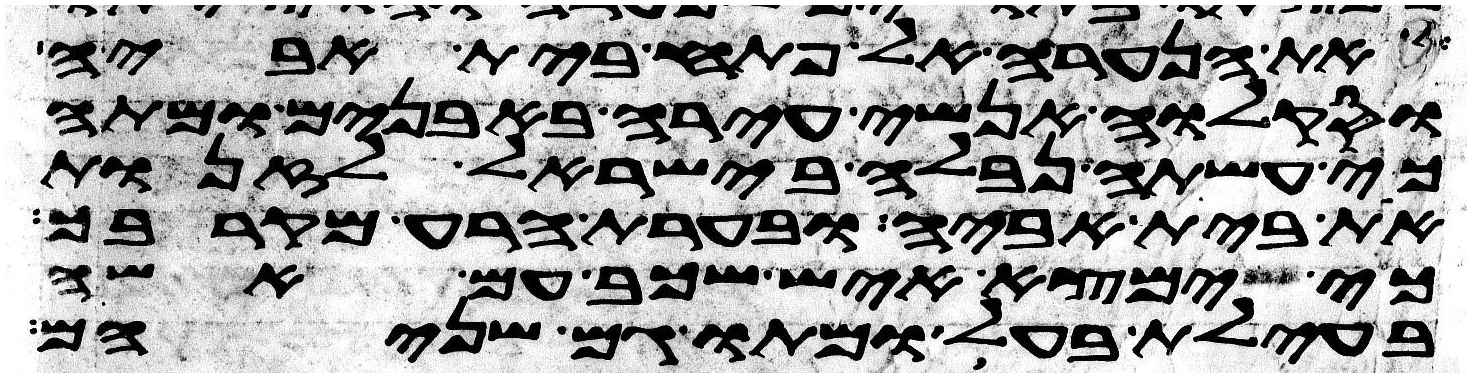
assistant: את הנערה אל פתח בית אביה
וסקלוה אנשי עירה באבנים ומתה
כי עשתה נבלה בישראל לזנות
את בית אביה ובערת הרע מקרבך
כי ימצא איש שכב עם אשה
בעילת בעל ומתו גם שניהם